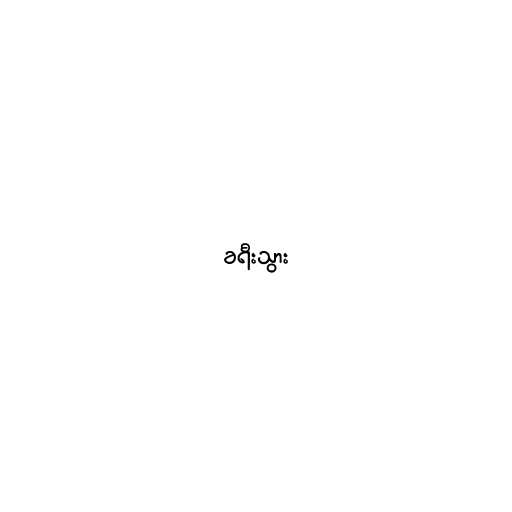
ခရီးသွား